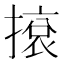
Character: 㨰